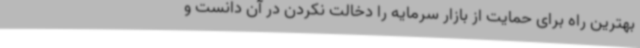
بهترین راه برای حمایت از بازار سرمایه را دخالت نکردن در آن دانست و